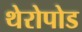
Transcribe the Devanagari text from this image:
थेरोपोड